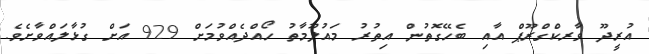
އުރީދޫ ވާރކްގްރޫޕް އާއި ބެހޭގޮތުން އިތުރު މައުލޫމާތު ހޯއްދެއްވުމަށް 929 އަށް ގުޅާލައްވާށެވެ.